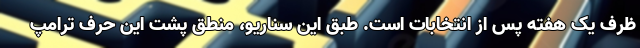
ظرف یک هفته پس از انتخابات است. طبق این سناریو، منطق پشت این حرف ترامپ